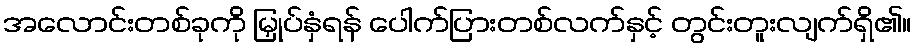
အလောင်းတစ်ခုကို မြှုပ်နှံရန် ပေါက်ပြားတစ်လက်နှင့် တွင်းတူးလျက်ရှိ၏။